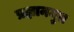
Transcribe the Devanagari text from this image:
प्रज्ञानमुत